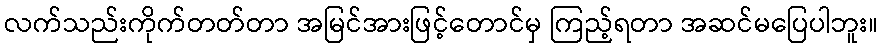
လက်သည်းကိုက်တတ်တာ အမြင်အားဖြင့်တောင်မှ ကြည့်ရတာ အဆင်မပြေပါဘူး။